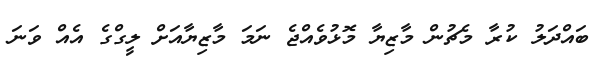
ބައްދަލު ކުރާ މެޗުން މާޒިޔާ މޮޅުވެއްޖެ ނަމަ މާޒިޔާއަށް ލީގްގެ އެއް ވަނަ